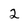
Character: 2